Indian journal of veterinary science and animal husbandry - Volume 9,
Year: 1939
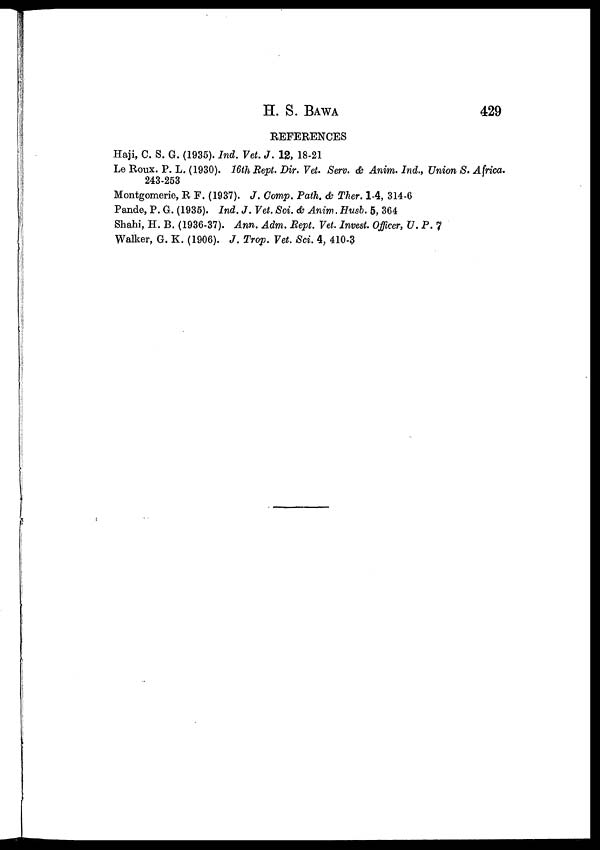
H. S.
BAWA
429
REFERENCES
Haji, C. S. G. (1935). Ind. Vet. J. 12, 18-21
Le Roux. P. L. (1930). 16th Rept. Dir. Vet. Serv. & Anim. Ind., Union S. Africa.
243-253
Montgomerie, R F. (1937). J. Comp. Path. & Ther. 1-4, 314-6
Pande, P. G. (1935). Ind. J. Vet. Sci. & Anim. Husb. 5, 364
Shahi, H. B. (1936-37). Ann. Adm. Rept. Vet. Invest. Officer, U. P. 7
Walker, G. K. (1906). J. Trop. Vet. Sci. 4, 410-3